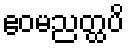
ဧဝမညတ္ထပိ